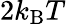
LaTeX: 2k_{\mathrm{B}}T